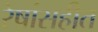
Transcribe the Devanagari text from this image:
रेषांसहीत